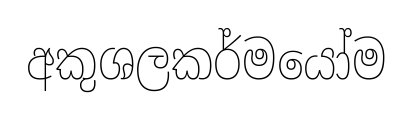
අකුශලකර්මයෝම